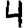
Digit: 4